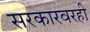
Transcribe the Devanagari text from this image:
सरकारवरही